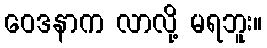
ဝေဒနာက လာလို့ မရဘူး။